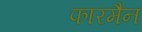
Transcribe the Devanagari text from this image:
फारमैन